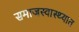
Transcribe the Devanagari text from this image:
समाजस्वास्थ्यात